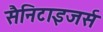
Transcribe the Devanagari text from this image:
सैनिटाइजर्स